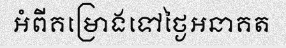
អំពីគម្រោងទៅថ្ងៃអនាគត